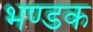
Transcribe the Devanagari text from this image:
भण्डक